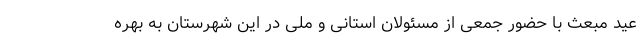
عید مبعث با حضور جمعی از مسئولان استانی و ملی در این شهرستان به بهره